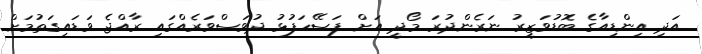
އަދި އިންޑިއާގެ ބޮޑުވަޒީރު ނަރެންދުރަ މޯދީ އަށް ފަސޭހަފުޅު ދުވަސްވަރެއްގައި ރާއްޖެ ވަޑައިގަތުމަށް